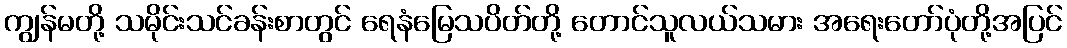
ကျွန်မတို့ သမိုင်းသင်ခန်းစာတွင် ရေနံမြေသပိတ်တို့ တောင်သူလယ်သမား အရေးတော်ပုံတို့အပြင်